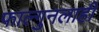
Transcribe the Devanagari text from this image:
फाल्गुनलाही